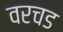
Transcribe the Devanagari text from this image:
वरचड